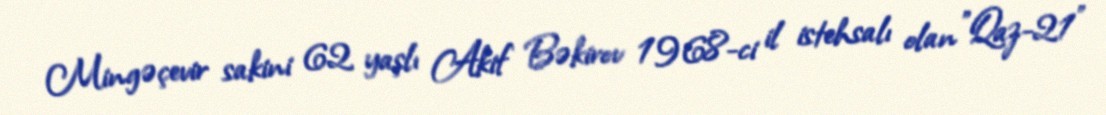
Mingəçevir sakini 62 yaşlı Akif Bəkirov 1968-ci il istehsalı olan "Qaz-21"